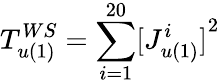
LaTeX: T_{u(1)}^{WS}={\sum_{i=1}^{20}}{[J_{u(1)}^{i}]}^{2}